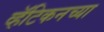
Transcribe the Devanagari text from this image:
व्हॅटिकनच्या